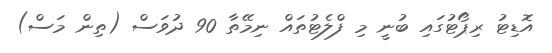
އޮޑިޓު ރިޕޯޓުގައި ބުނީ މި ފްލެޓުތައް ނިމޭތާ 90 ދުވަސް (ތިން މަސް)